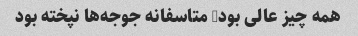
همه چیز عالی بود, متاسفانه جوجه‌ها نپخته بود